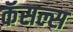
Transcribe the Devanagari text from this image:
कॅसल्स